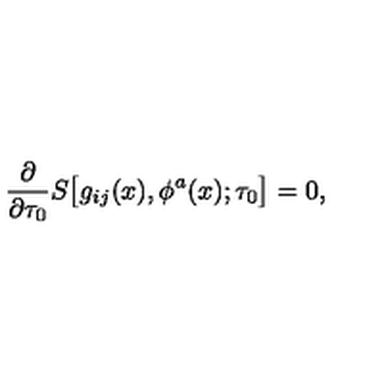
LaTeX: { \frac { \partial } { \partial \tau _ { 0 } } } S \bigl [ g _ { i j } ( x ) , \phi ^ { a } ( x ) ; \tau _ { 0 } \bigr ] = 0 ,